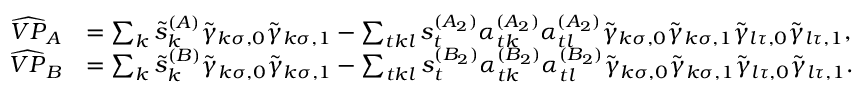
\begin{array} { r l } { \widehat { V P } _ { A } } & { = \sum _ { k } \tilde { s } _ { k } ^ { ( A ) } \tilde { \gamma } _ { k \sigma , 0 } \tilde { \gamma } _ { k \sigma , 1 } - \sum _ { t k l } s _ { t } ^ { ( A _ { 2 } ) } \alpha _ { t k } ^ { ( A _ { 2 } ) } \alpha _ { t l } ^ { ( A _ { 2 } ) } \tilde { \gamma } _ { k \sigma , 0 } \tilde { \gamma } _ { k \sigma , 1 } \tilde { \gamma } _ { l \tau , 0 } \tilde { \gamma } _ { l \tau , 1 } , } \\ { \widehat { V P } _ { B } } & { = \sum _ { k } \tilde { s } _ { k } ^ { ( B ) } \tilde { \gamma } _ { k \sigma , 0 } \tilde { \gamma } _ { k \sigma , 1 } - \sum _ { t k l } s _ { t } ^ { ( B _ { 2 } ) } \alpha _ { t k } ^ { ( B _ { 2 } ) } \alpha _ { t l } ^ { ( B _ { 2 } ) } \tilde { \gamma } _ { k \sigma , 0 } \tilde { \gamma } _ { k \sigma , 1 } \tilde { \gamma } _ { l \tau , 0 } \tilde { \gamma } _ { l \tau , 1 } . } \end{array}